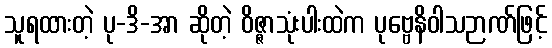
သူရထားတဲ့ ပု-ဒိ-အာ ဆိုတဲ့ ဝိဇ္ဇာသုံးပါးထဲက ပုဗ္ဗေနိဝါသဉာဏ်ဖြင့်